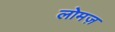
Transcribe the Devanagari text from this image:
लोमज़